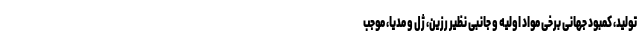
تولید، کمبود جهانی برخی مواد اولیه و جانبی نظیر رزین، ژل و مدیا، موجب